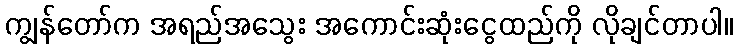
ကျွန်တော်က အရည်အသွေး အကောင်းဆုံးငွေထည်ကို လိုချင်တာပါ။